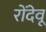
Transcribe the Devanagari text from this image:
रोंदेवू